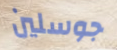
جوسلين